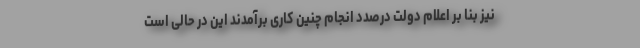
نیز بنا بر اعلام دولت درصدد انجام چنین کاری برآمدند این در حالی است